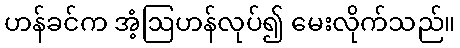
ဟန်ခင်က အံ့ဩဟန်လုပ်၍ မေးလိုက်သည်။